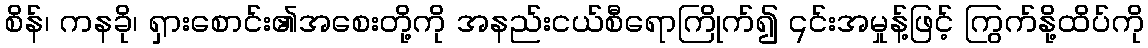
စိန်၊ ကနခို၊ ရှားစောင်း၏အစေးတို့ကို အနည်းငယ်စီရောကြိုက်၍ ၎င်းအမှုန့်ဖြင့် ကြွက်နို့ထိပ်ကို